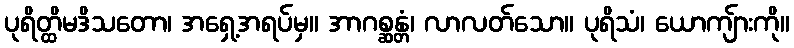
ပုရိတ္ထိမဒိသတော၊ အရှေ့အရပ်မှ။ အာဂစ္ဆန္တံ၊ လာလတ်သော။ ပုရိသံ၊ ယောကျ်ားကို။